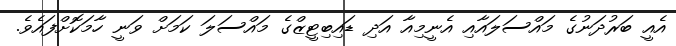
އެއީ ބަރުދަނުގެ މައްސަލައާއި އެނީމިއާ އަދި ޑައިބިޓީޒްގެ މައްސަލަ ކަމަށް ވަނީ ހާމަކޮށްފައެވެ.